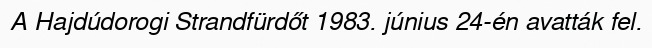
A Hajdúdorogi Strandfürdőt 1983. június 24-én avatták fel.